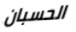
الحسبان